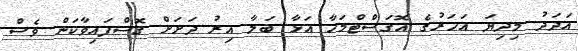
އަދަދު މިދިޔަ އަހަރުގެ އޮގަސްޓްމަހާ އަޅާ ބަލާ އިރު ދަށަށް ގޮސްފައިވާކަން ވެސް